Mental hospitals Bombay report 1921-28 - 1921-1928
Year: 1921
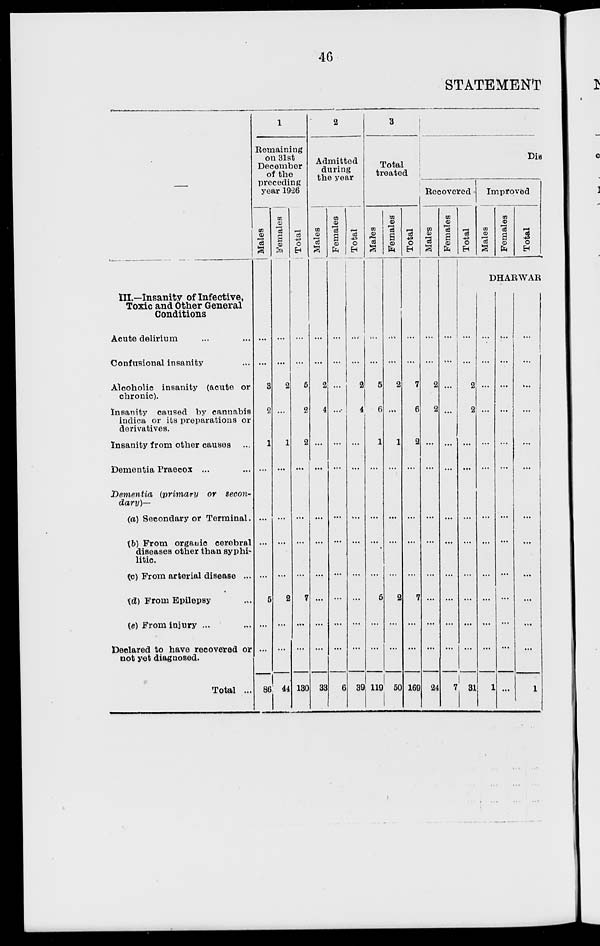
46
STATEMENT
—
III.—Insanity of Infective,
Toxic and Other General
Conditions
Acute delirium ... ...
Confusional insanity ...
Alcoholic insanity (acute or
chronic).
Insanity caused by cannabis
indica or its preparations or
derivatives.
Insanity from other causes ...
Dementia Praecox ... ...
Dementia
(primary
or secon-
dary)—
(a) Secondary or Terminal .
(b) From organic cerebral
diseases other than syphi-
litic.
(c) From arterial disease ...
(d) From Epilepsy ...
(e) From injury ... ...
Declared to have recovered or
not yet diagnosed.
Total ...
1
Remaining
on 31st
December
of the
preceding
year 1926
Males
...
...
3
2
1
...
...
...
...
5
...
...
86
Females
...
...
2
...
1
...
...
...
...
2
...
...
44
Total
...
...
5
2
2
...
...
...
...
7
...
...
130
2
Admitted
during
the year
Males
...
...
2
4
...
...
...
...
...
...
...
...
33
Females
...
...
...
...
...
...
...
...
...
...
...
...
6
Total
...
...
2
4
...
...
...
...
...
...
...
...
39
3
Total
treated
Males
...
...
5
6
1
...
...
...
...
5
...
...
119
Females
...
...
2
...
1
...
...
...
...
2
...
...
50
Total
...
...
7
6
2
...
...
...
...
7
...
...
169
Dis
Recovered
Males
...
...
2
2
...
...
...
...
...
...
...
...
24
Females
...
...
...
...
...
...
...
...
...
...
...
...
7
Total
...
...
2
2
...
...
...
...
...
...
...
...
31
Improved
Males
Females
Total
DHARWAR
...
...
...
...
...
...
...
...
...
...
...
...
1
...
...
...
...
...
...
...
...
...
...
...
...
...
...
...
...
...
...
...
...
...
...
...
...
...
1